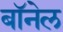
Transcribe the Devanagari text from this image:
बॉनेल